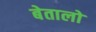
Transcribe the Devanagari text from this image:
बेतालो